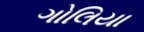
ગોલિયા